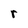
Character: r